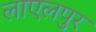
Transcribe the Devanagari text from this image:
लाएलपुर